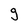
Character: g